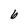
Character: b